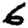
Digit: 6